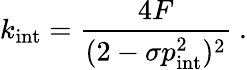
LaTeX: k_{\mathrm{int}}={\frac{4F}{(2-\sigma p_{\mathrm{int}}^{2})^{2}}}\ .